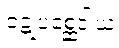
ဝဋ္ဋုပစ္ဆေဒါယ